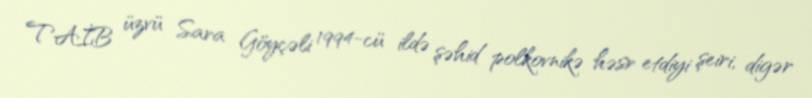
TAİB üzvü Sara Göyçəli 1994-cü ildə şəhid polkovnikə həsr etdiyi şeiri, digər